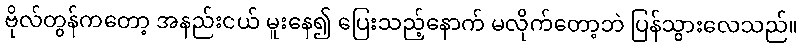
ဗိုလ်တွန်ကတော့ အနည်းငယ် မူးနေ၍ ပြေးသည့်နောက် မလိုက်တော့ဘဲ ပြန်သွားလေသည်။